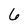
Character: 6